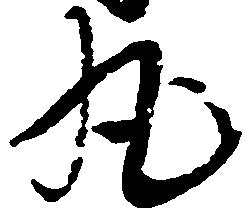
丸